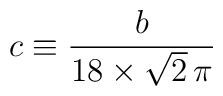
c \equiv \frac{b}{ 18 \times \sqrt{2} \, \pi }